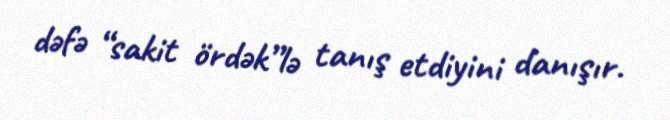
dəfə “sakit ördək”lə tanış etdiyini danışır.